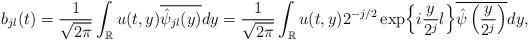
LaTeX: \begin{align*}b_{jl}(t)=\frac{1}{\sqrt{2\pi}} \int_{\mathbb{R}} u(t,y)\overline{\hat \psi_{jl}(y)}dy=\frac{1}{\sqrt{2\pi}} \int_{\mathbb{R}} u(t,y)2^{-j/2}\exp\Bigl\{\Bigr. i\frac{y}{2^j}l \Bigl\}\Bigr. \overline{\hat \psi \left(\frac{y}{2^j} \right)}dy,\end{align*}